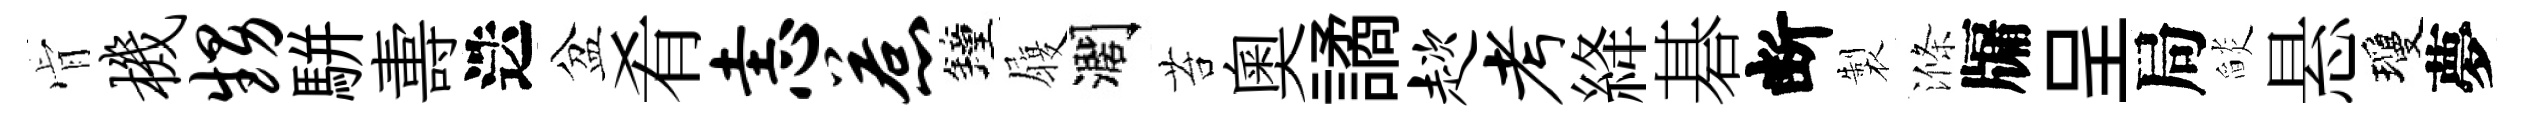
肻机甥駢夀迭盆肴恚惹鐘履濶苔奥譎趑考絳碁断製滌牖呈局𦦨悬瓊夢